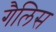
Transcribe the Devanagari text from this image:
गैलिस